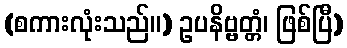
(စကားလုံးသည်။) ဥပနိဗ္ဗတ္တံ၊ ဖြစ်ပြီ)